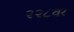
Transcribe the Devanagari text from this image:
२२८वर